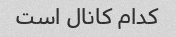
کدام کانال است